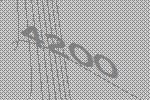
4200